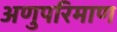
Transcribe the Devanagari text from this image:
अणुपरिमाण